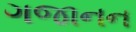
ગજાનન